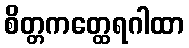
စိတ္တကတ္ထေရဂါထာ